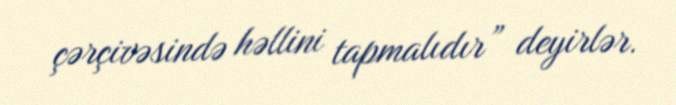
çərçivəsində həllini tapmalıdır” deyirlər.